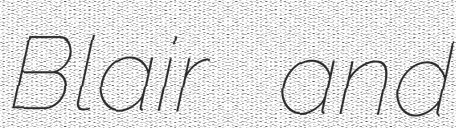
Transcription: Blair and